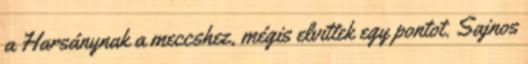
a Harsánynak a meccshez, mégis elvittek egy pontot. Sajnos